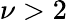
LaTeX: \nu>2